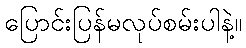
ပြောင်းပြန်မလုပ်စမ်းပါနဲ့။